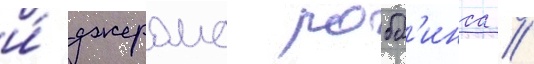
и́ джерома робб'инса //